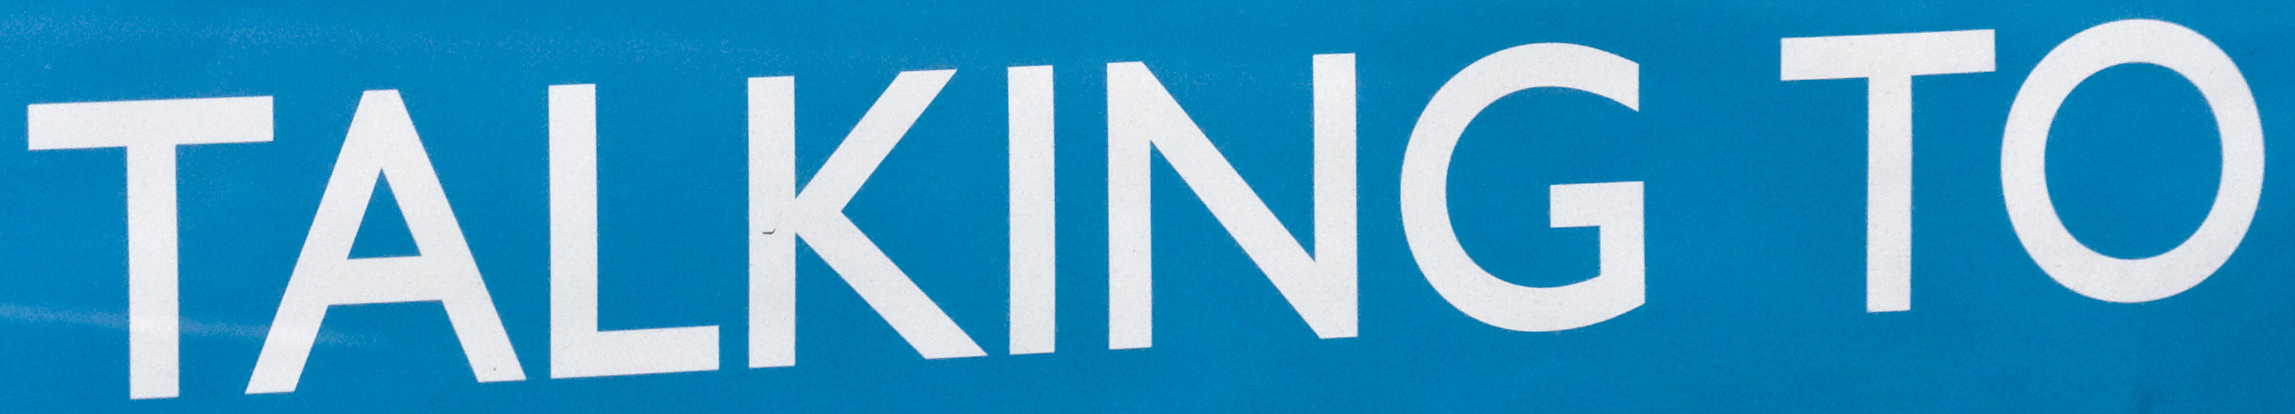
TALKING TO